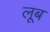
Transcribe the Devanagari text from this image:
लूब